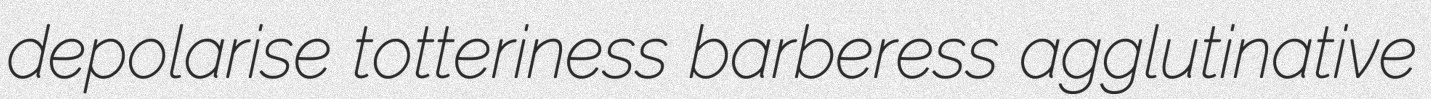
depolarise totteriness barberess agglutinative